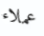
عملاء